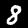
Digit: 8